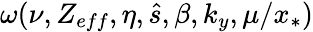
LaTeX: \omega(\nu,Z_{eff},\eta,\hat{s},\beta,k_{y},\mu/x_{*})